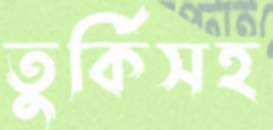
তুর্কিসহ